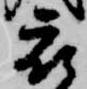
被